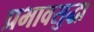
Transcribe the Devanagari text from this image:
प्रभावसुद्धा